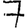
Digit: 7